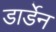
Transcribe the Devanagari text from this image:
डार्डेन